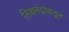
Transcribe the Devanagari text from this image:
निजानंदांकडून